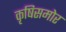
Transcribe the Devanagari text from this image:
कृषिसमोर